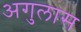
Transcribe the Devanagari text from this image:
अगुलास